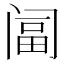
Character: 𨸆